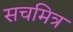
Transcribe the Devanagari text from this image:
सचमित्र